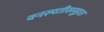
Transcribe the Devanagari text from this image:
वनस्पतीसमूहात